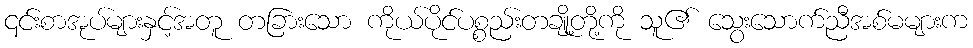
၎င်းစာအုပ်များနှင့်အတူ တခြားသော ကိုယ်ပိုင်ပစ္စည်းတချို့တို့ကို သူ၏ သွေးသောက်ညီအစ်မများက